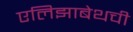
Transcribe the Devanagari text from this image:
एलिझाबेथची